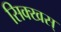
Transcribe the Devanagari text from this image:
सिक्खस्